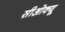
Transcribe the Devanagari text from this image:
सीओक्यू